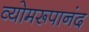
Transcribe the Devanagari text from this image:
व्योमरूपानंद